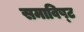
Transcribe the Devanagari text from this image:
समाविष्‍ट